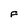
Character: F